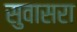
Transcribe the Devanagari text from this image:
सुवासरा